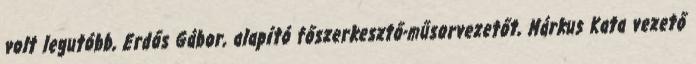
volt legutóbb, Erdős Gábor, alapító főszerkesztő-műsorvezetőt, Márkus Kata vezető